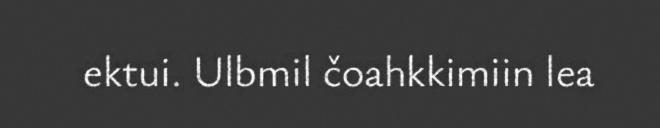
ektui. Ulbmil čoahkkimiin lea